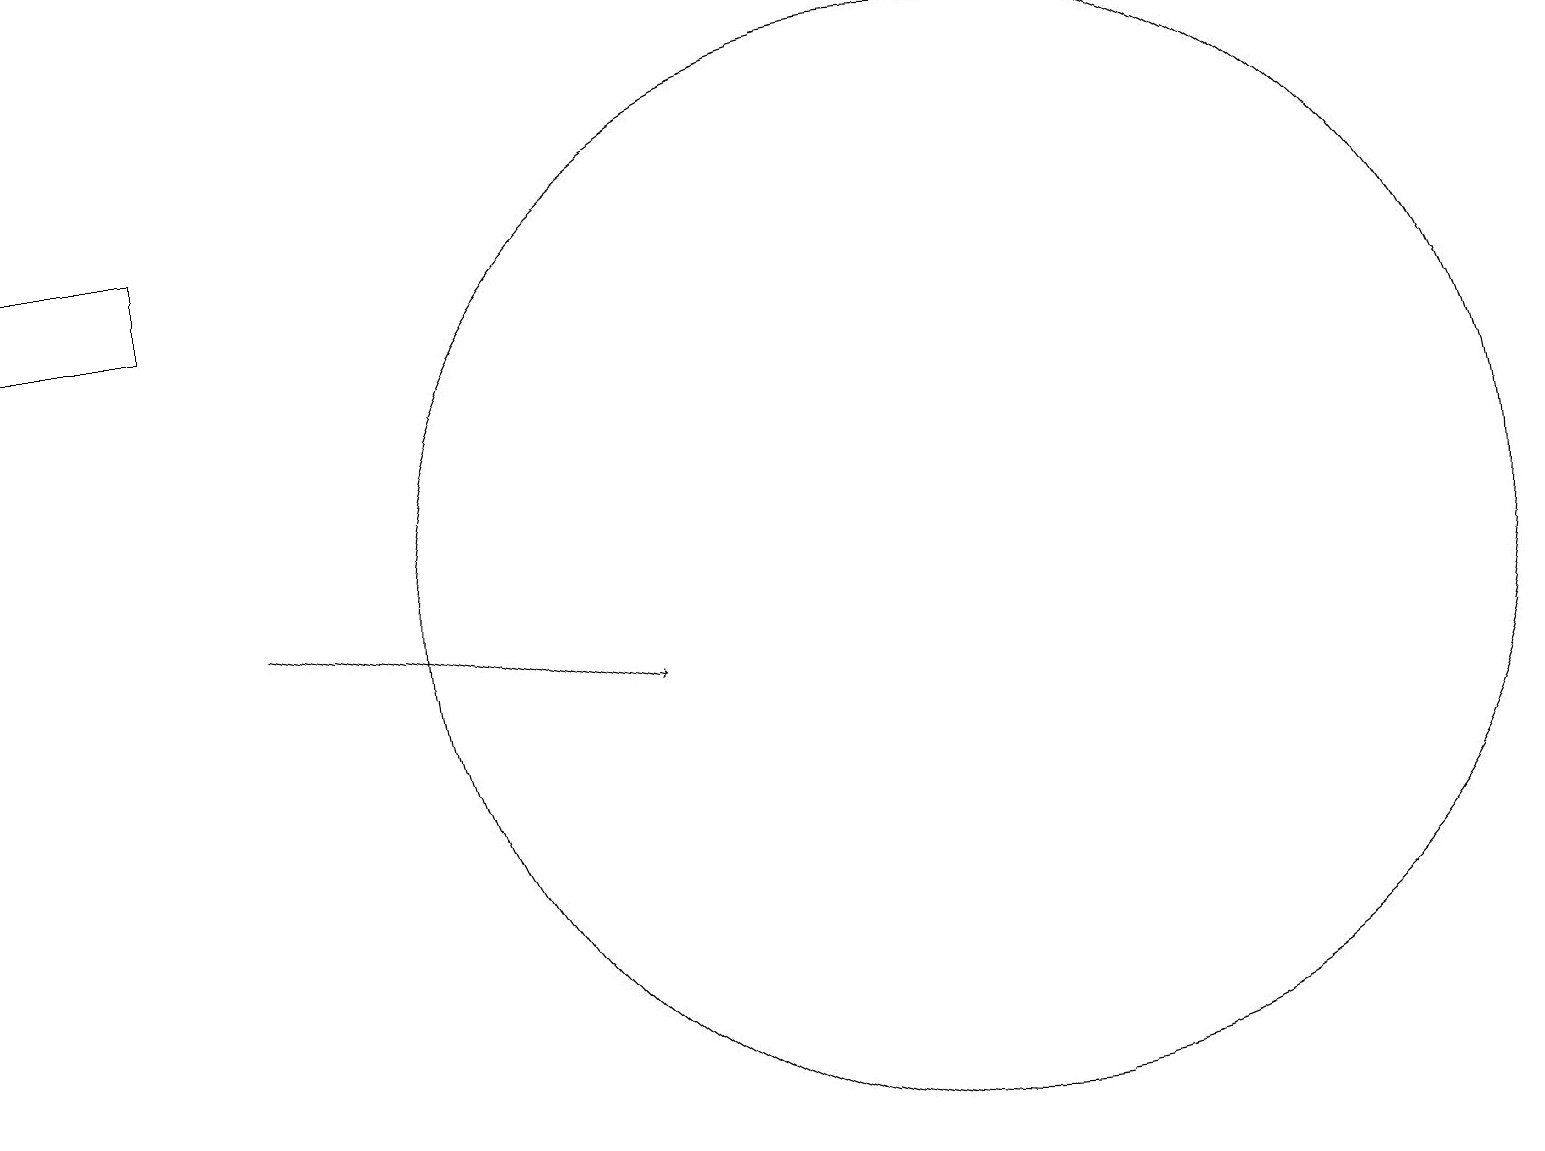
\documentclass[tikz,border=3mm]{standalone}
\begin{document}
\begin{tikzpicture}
\draw (10,10) circle (0);
\draw (0,16) rectangle (2,15);
\draw (12,11) circle (7);
\draw[->] (3,11) -- (8,10);
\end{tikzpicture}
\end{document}